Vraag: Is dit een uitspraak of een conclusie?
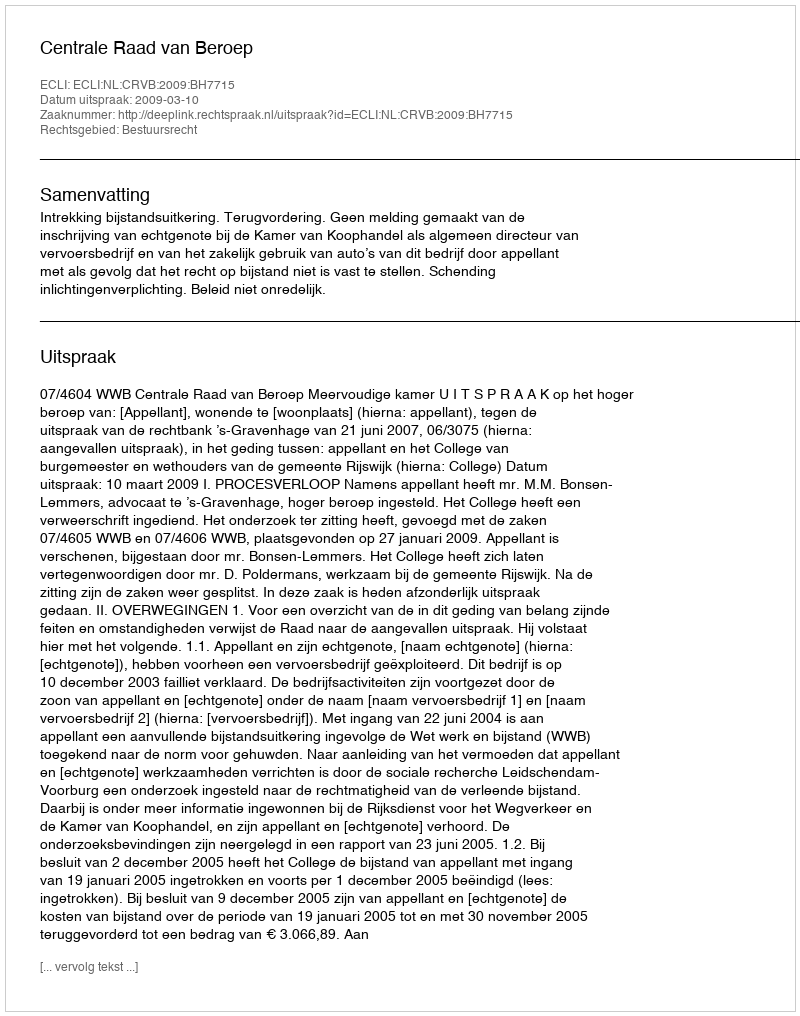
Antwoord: Uitspraak